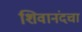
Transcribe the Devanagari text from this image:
शिवानंदचा